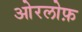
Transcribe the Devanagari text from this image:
ओरलोफ़